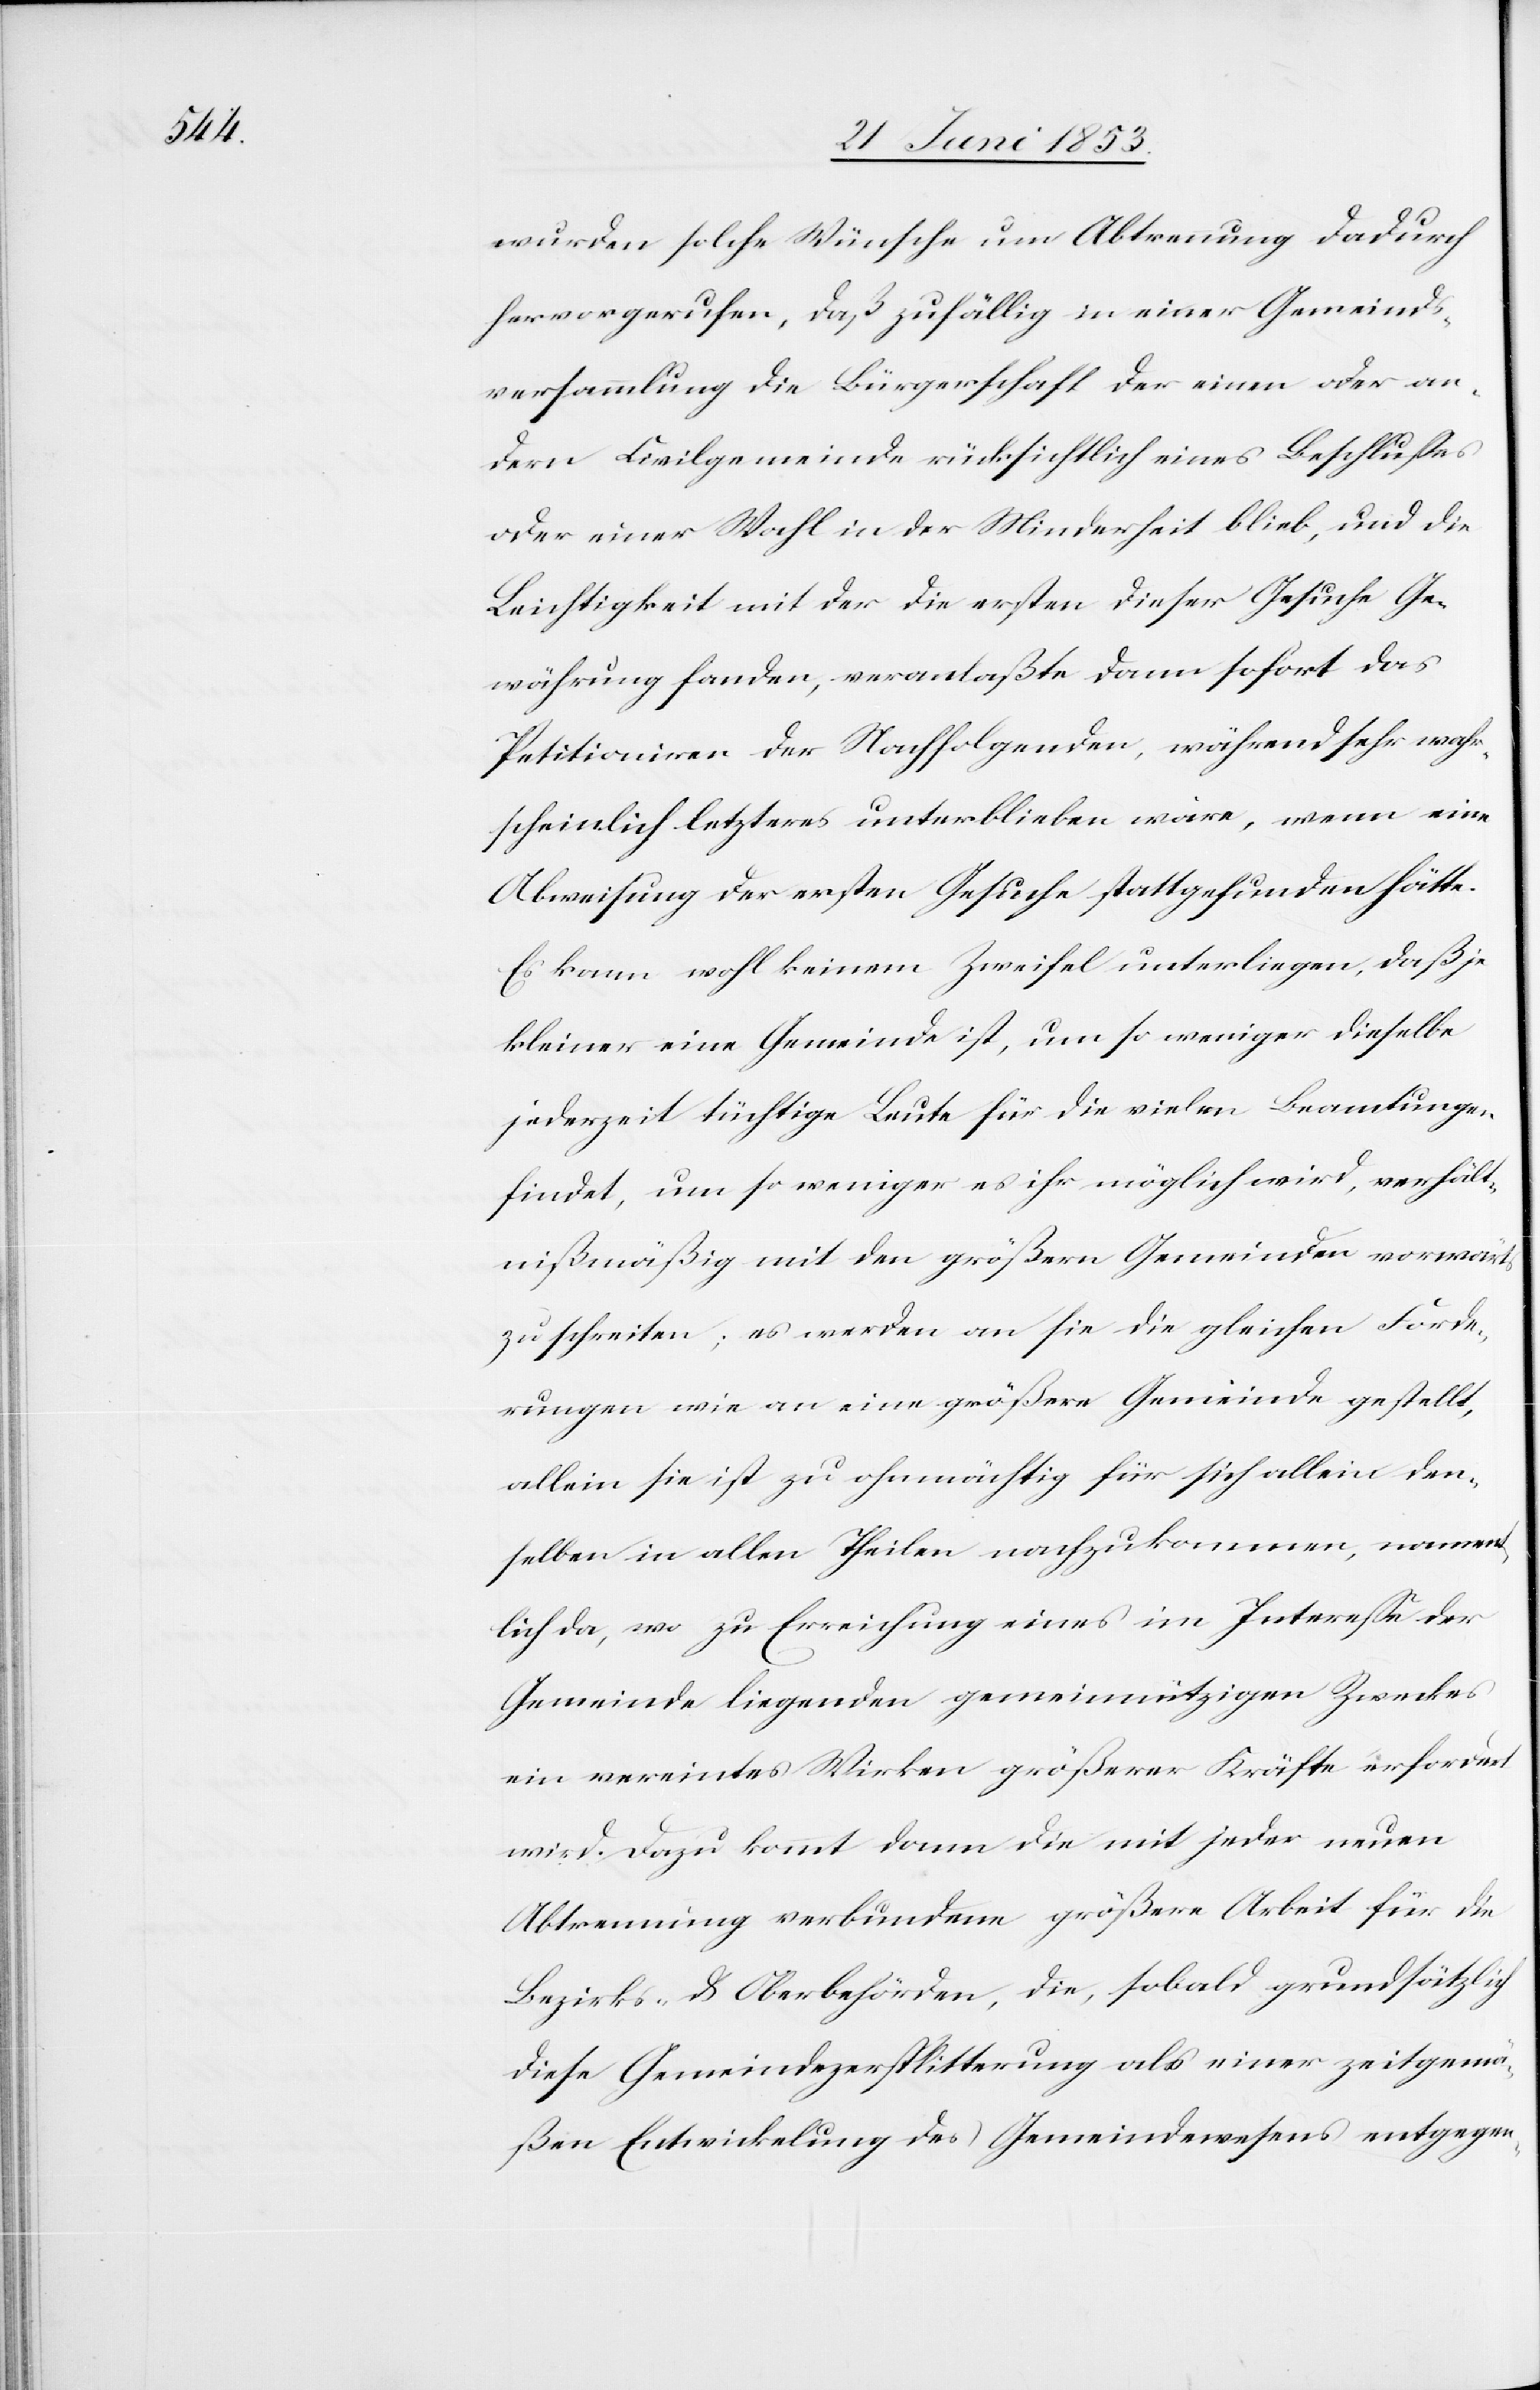
wurden solche Wünsche um Abtrennung dadurch
hervorgerufen, daß zufällig in einer Gemeinds¬
versammlung die Bürgerschaft der einen oder an¬
dern Civilgemeinde rücksichtlich eines Beschlußes
oder einer Wahl in der Minderheit blieb, und die
Leichtigkeit mit der die ersten dieser Gesuche Ge¬
währung fanden, veranlaßte dann sofort das
Petitioniren der Nachfolgenden, während sehr wahr¬
scheinlich letzteres unterblieben wäre, wenn eine
Abweisung der ersten Gesuche stattgefunden hätte.
Es kann wohl keinem Zweifel unterliegen, daß je
kleiner eine Gemeinde ist, um so weniger dieselbe
jederzeit tüchtige Leute für die vielen Beamtungen
findet, um so weniger es ihr möglich wird, verhält¬
nißmäßig mit den größern Gemeinden vorwärts
zu schreiten; es werden an sie die gleichen Forde¬
rungen wie an eine größere Gemeinde gestellt,
allein sie ist zu ohnmächtig für sich allein den¬
selben in allen Theilen nachzukommen, nament¬
lich da, wo zu Erreichung eines im Intereße der
Gemeinde liegenden gemeinnützigen Zweckes
ein vereintes Wirken größerer Kräfte erfordert
wird. Dazu kommt dann die mit jeder neuen
Abtrennung verbundene größere Arbeit für die
Bezirks- u. Oberbehörden, die, sobald grundsätzlich
diese Gemeindezersplitterung als einer zeitgemä¬
ßen Entwicklung des Gemeindewesens entgegen